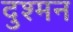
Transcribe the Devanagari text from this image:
दुश्‍मन